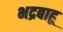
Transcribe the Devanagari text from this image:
भद्रबाहू